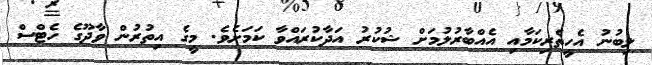
ލިބުނު އެހީތެރިކަމާއި އެއްބާރުލުމަށް ޝުކުރު އަދާކުރައްވާ ކަމަށެވެ. މީގެ އިތުރުން ވާދޫގެ ހެޓްސް